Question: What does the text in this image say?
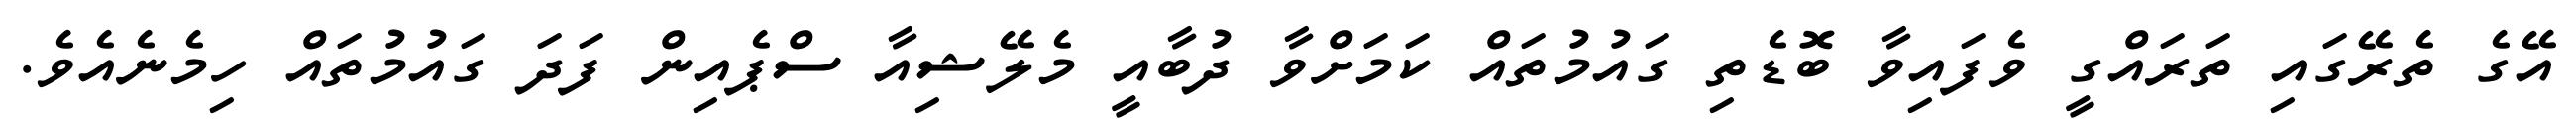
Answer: އޭގެ ތެރޭގައި ތަރައްގީ ވެފައިވާ ބޮޑެތި ގައުމުތައް ކަމަށްވާ ދުބާއީ މެލޭޝިއާ ސްޕެއިން ފަދަ ގައުމުތައް ހިމެނެއެވެ.